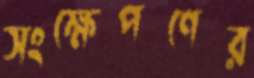
সংক্ষেপণের